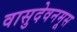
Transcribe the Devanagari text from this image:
वासुदेवनमूस